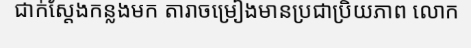
ជាក់ស្តែងកន្លងមក តារាចម្រៀងមានប្រជាប្រិយភាព លោក